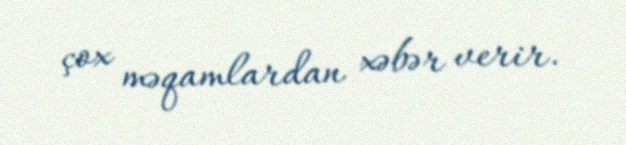
çox məqamlardan xəbər verir.